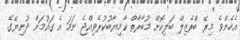
އެހެންވެ މިރޭ ބްރެޒިލް ބަލިކޮށް މުބާރާތް ކާމިޔާބުކުރެވިއްޖެ ނަމަ އެ ގައުމަށް ދުނިޔޭގެ